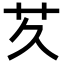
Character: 𬜢